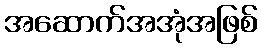
အဆောက်အအုံအဖြစ်